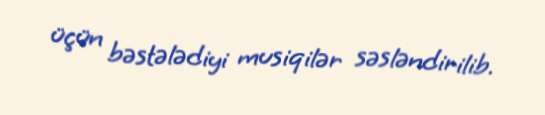
üçün bəstələdiyi musiqilər səsləndirilib.